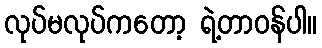
လုပ်မလုပ်ကတော့ ရဲ့တာဝန်ပါ။